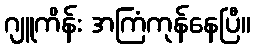
ဂျူကိန်း အကြံကုန်နေပြီ။